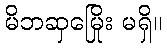
မိဘဆှမြေိုး မရှိ။